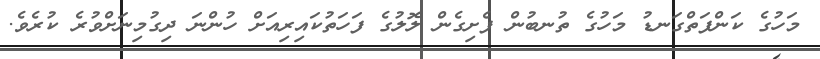
މަހުގެ ކަންފަތްގަނޑު މަހުގެ ތުނބުން ފެށިގެން ލޮލުގެ ފަހަތުކައިރިއަށް ހުންނަ ދިގުމިނަށްވުރެ ކުރެވެ.